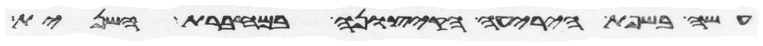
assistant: עשה בשפת היריעה הקצונה במחברת השנית